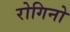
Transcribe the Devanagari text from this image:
रोगिनो